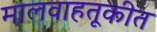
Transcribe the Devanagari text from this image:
मालवाहतूकीत